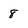
Character: 8